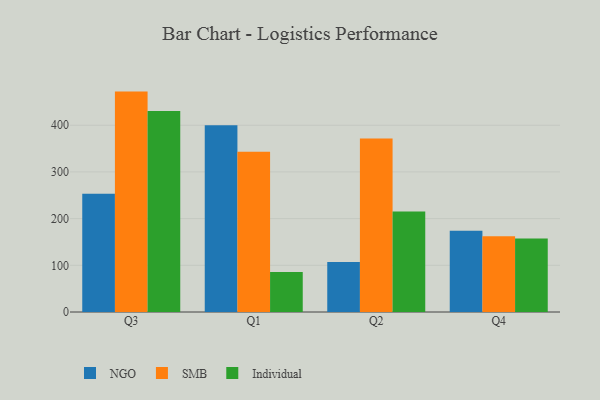
{"axis": {"x": "Quarter", "y": "Temperature (°C)"}, "legend": ["Individual", "NGO", "SMB"], "data": [{"x": "Q3", "y": 253.2, "type": "NGO"}, {"x": "Q3", "y": 472.0, "type": "SMB"}, {"x": "Q3", "y": 430.7, "type": "Individual"}, {"x": "Q1", "y": 400.0, "type": "NGO"}, {"x": "Q1", "y": 343.3, "type": "SMB"}, {"x": "Q1", "y": 85.5, "type": "Individual"}, {"x": "Q2", "y": 107.1, "type": "NGO"}, {"x": "Q2", "y": 371.4, "type": "SMB"}, {"x": "Q2", "y": 215.0, "type": "Individual"}, {"x": "Q4", "y": 173.8, "type": "NGO"}, {"x": "Q4", "y": 162.4, "type": "SMB"}, {"x": "Q4", "y": 157.4, "type": "Individual"}]}